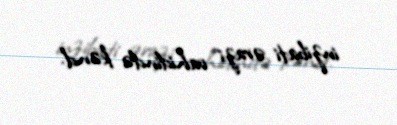
inzibati ərazi vahidində kənd.